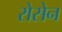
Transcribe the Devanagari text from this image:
रोसेन